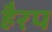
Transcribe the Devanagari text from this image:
हैरप